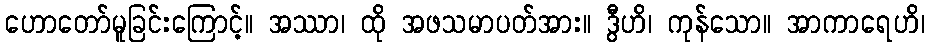
ဟောတော်မူခြင်းကြောင့်။ အဿာ၊ ထို အဖသမာပတ်အား။ ဒွီဟိ၊ ကုန်သော။ အာကာရေဟိ၊